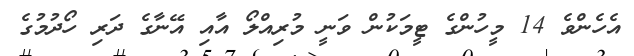
އެހެންވެ 14 މީހުންގެ ޓީމަކުން ވަނީ މުރިއްލޯ އާއި އޭނާގެ ދަރި ހޯދުމުގެ